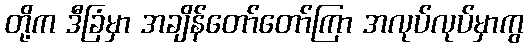
တို့က ဒီခြံမှာ အချိန်တော်တော်ကြာ အလုပ်လုပ်မှာကွ